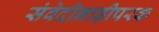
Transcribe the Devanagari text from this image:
संवेदीनाड़ीपरक